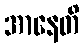
အာနေတိ